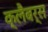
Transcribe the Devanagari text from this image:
क्लैबर्स